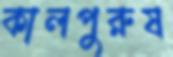
কালপুরুষ